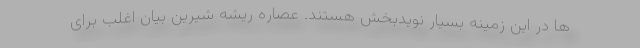
ها در این زمینه بسیار نویدبخش هستند. عصاره ریشه شیرین بیان اغلب برای